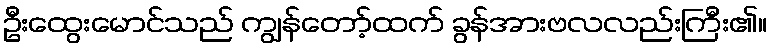
ဦးထွေးမောင်သည် ကျွန်တော့်ထက် ခွန်အားဗလလည်းကြီး၏။